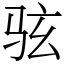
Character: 𫠊